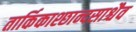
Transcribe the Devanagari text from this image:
तार्किकाश्छान्दसाश्चैव